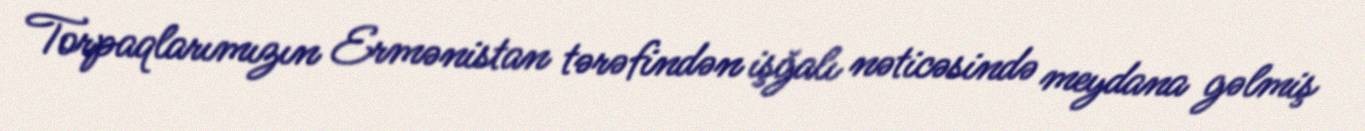
Torpaqlarımızın Ermənistan tərəfindən işğalı nəticəsində meydana gəlmiş